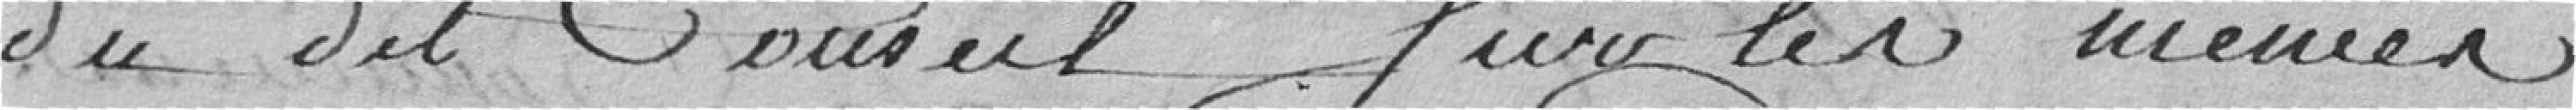
du dit Conseil sur les menées